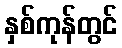
နှစ်ကုန်တွင်